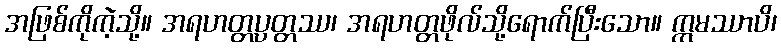
အဖြစ်ကိုကဲ့သို့။ အရဟတ္တပ္ပတ္တဿ၊ အရဟတ္တဖိုလ်သို့ရောက်ပြီးသော။ ဣမဿာပိ၊